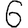
Digit: 6